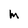
Character: M